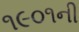
૧૯૦૧ની